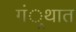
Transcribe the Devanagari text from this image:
गं्रथात